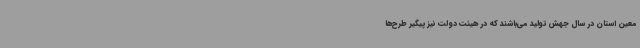
معین استان در سال جهش تولید می‌باشند که در هیئت دولت نیز پیگیر طرح‌ها